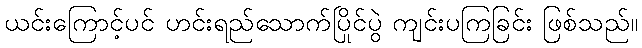
ယင်းကြောင့်ပင် ဟင်းရည်သောက်ပြိုင်ပွဲ ကျင်းပကြခြင်း ဖြစ်သည်။